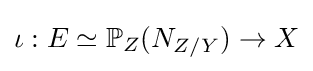
\iota :E\simeq \mathbb {P} _{Z}(N_{Z/Y})\to X